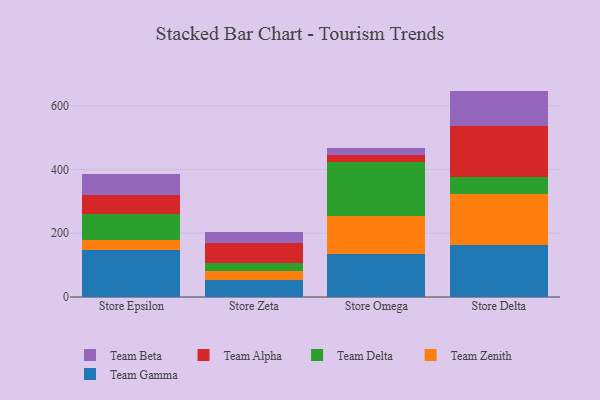
{"axis": {"x": "Store", "y": "Demand Index"}, "legend": ["Team Alpha", "Team Beta", "Team Delta", "Team Gamma", "Team Zenith"], "data": [{"x": "Store Epsilon", "y": 148.7, "type": "Team Gamma"}, {"x": "Store Epsilon", "y": 31.2, "type": "Team Zenith"}, {"x": "Store Epsilon", "y": 78.9, "type": "Team Delta"}, {"x": "Store Epsilon", "y": 60.1, "type": "Team Alpha"}, {"x": "Store Epsilon", "y": 66.8, "type": "Team Beta"}, {"x": "Store Zeta", "y": 54.1, "type": "Team Gamma"}, {"x": "Store Zeta", "y": 28.8, "type": "Team Zenith"}, {"x": "Store Zeta", "y": 22.2, "type": "Team Delta"}, {"x": "Store Zeta", "y": 64.6, "type": "Team Alpha"}, {"x": "Store Zeta", "y": 34.4, "type": "Team Beta"}, {"x": "Store Omega", "y": 133.5, "type": "Team Gamma"}, {"x": "Store Omega", "y": 119.1, "type": "Team Zenith"}, {"x": "Store Omega", "y": 171.0, "type": "Team Delta"}, {"x": "Store Omega", "y": 21.9, "type": "Team Alpha"}, {"x": "Store Omega", "y": 21.4, "type": "Team Beta"}, {"x": "Store Delta", "y": 162.0, "type": "Team Gamma"}, {"x": "Store Delta", "y": 161.1, "type": "Team Zenith"}, {"x": "Store Delta", "y": 51.9, "type": "Team Delta"}, {"x": "Store Delta", "y": 160.0, "type": "Team Alpha"}, {"x": "Store Delta", "y": 111.4, "type": "Team Beta"}]}